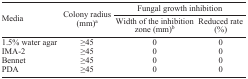
<table><thead><tr><td rowspan="3"><b>Media</b></td><td rowspan="3"><b>Colony radius (mm)a</b></td><td colspan="2"><b>Fungal growth inhibition</b></td></tr><tr><td><b>Width of the inhibition zone (mm)b</b></td><td><b>Reduced rate (%)</b></td></tr></thead><tbody><tr><td>1.5% water agar</td><td>≥45</td><td>0</td><td>0</td></tr><tr><td>IMA-2</td><td>≥45</td><td>0</td><td>0</td></tr><tr><td>Bennet</td><td>≥45</td><td>0</td><td>0</td></tr><tr><td>PDA</td><td>≥45</td><td>0</td><td>0</td></tr></tbody></table>